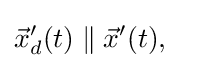
{\vec {x}}'_{d}(t)\parallel {\vec {x}}'(t),\quad